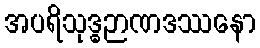
အပရိသုဒ္ဓဉာဏဒဿနော